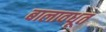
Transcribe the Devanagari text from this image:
बालावधूत